Leprosy in India: report of the Leprosy Commission in India, 1890-91
Year: 1890
Disease focus: Leprosy
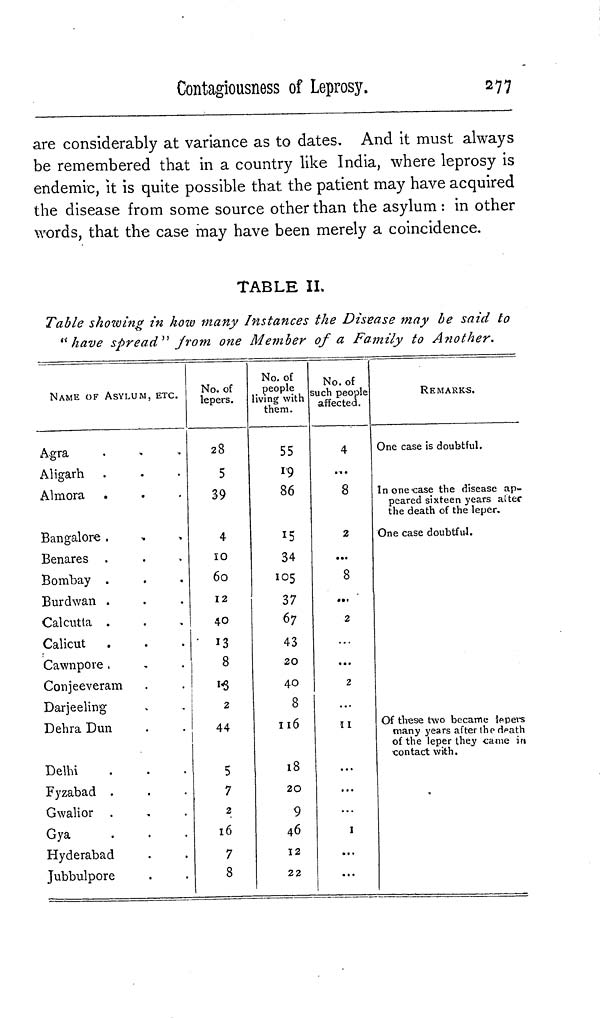
Contagiousness of Leprosy.
277
are considerably at variance as to dates. And it must always
be remembered that in a country like India, where leprosy is
endemic, it is quite possible that the patient may have acquired
the disease from some source other than the asylum : in other
words, that the case may have been merely a coincidence.
TABLE II.
Table showing in how many Instances the Disease may be said to
" have spread " from one Member of a Family to Another.
NAME OF ASYLUM, ETC.
Agra
Aligarh
Almora
Bangalore ,
Benares .
Bombay .
Burdwan .
Calcutta .
Calicut
Cawnpore
Conjeeveram
Darjeeling
Dehra Dun
Delhi
Fyzabad .
Gwalior
Gya
Hyderabad
Jubbulpore
No. of
lepers.
28
5
39
4
10
60
12
40
13
8
2
44
5
7
2
16
7
8
No. of
people
living with
them.
55
19
86
15
34
105
37
67
43
20
40
8
116
18
20
9
46
12
22
No. of
such people
affected.
4
...
8
2
...
8
...
2
...
2
11
...
...
...
1
...
...
REMARKS.
One case is doubtful.
In one case the disease ap-
peared sixteen years alter
the death of the leper.
One case doubtful.
Of these two became lepers
many years after the death
of the leper they came in
contact with.